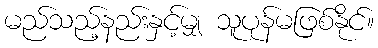
မည်သည့်နည်းနှင့်မျှ သူပုန်မဖြစ်နိုင်။